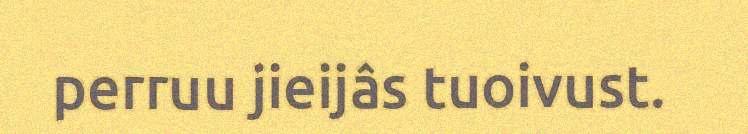
perruu jieijâs tuoivust.